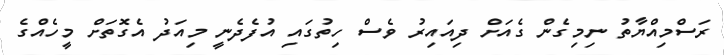
ރަސްމިއްޔާތު ނިމިގެން ގެއަށް ދިއައިރު ވެސް ހިތުގައި އުފެދެނީ މިއަދު އެގޮތަށް މީހެއްގެ